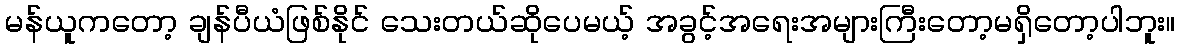
မန်ယူကတော့ ချန်ပီယံဖြစ်နိုင် သေးတယ်ဆိုပေမယ့် အခွင့်အရေးအများကြီးတော့မရှိတော့ပါဘူး။